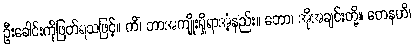
ဦးခေါင်းကိုဖြတ်ရသဖြင့်။ ကိံ၊ ဘာအကျိုးရှိရာအံ့နည်း။ ဘော၊ အိုအချင်းတို့။ တေနဟိ၊